Leningradi_Edasi_toimetus, lk 5
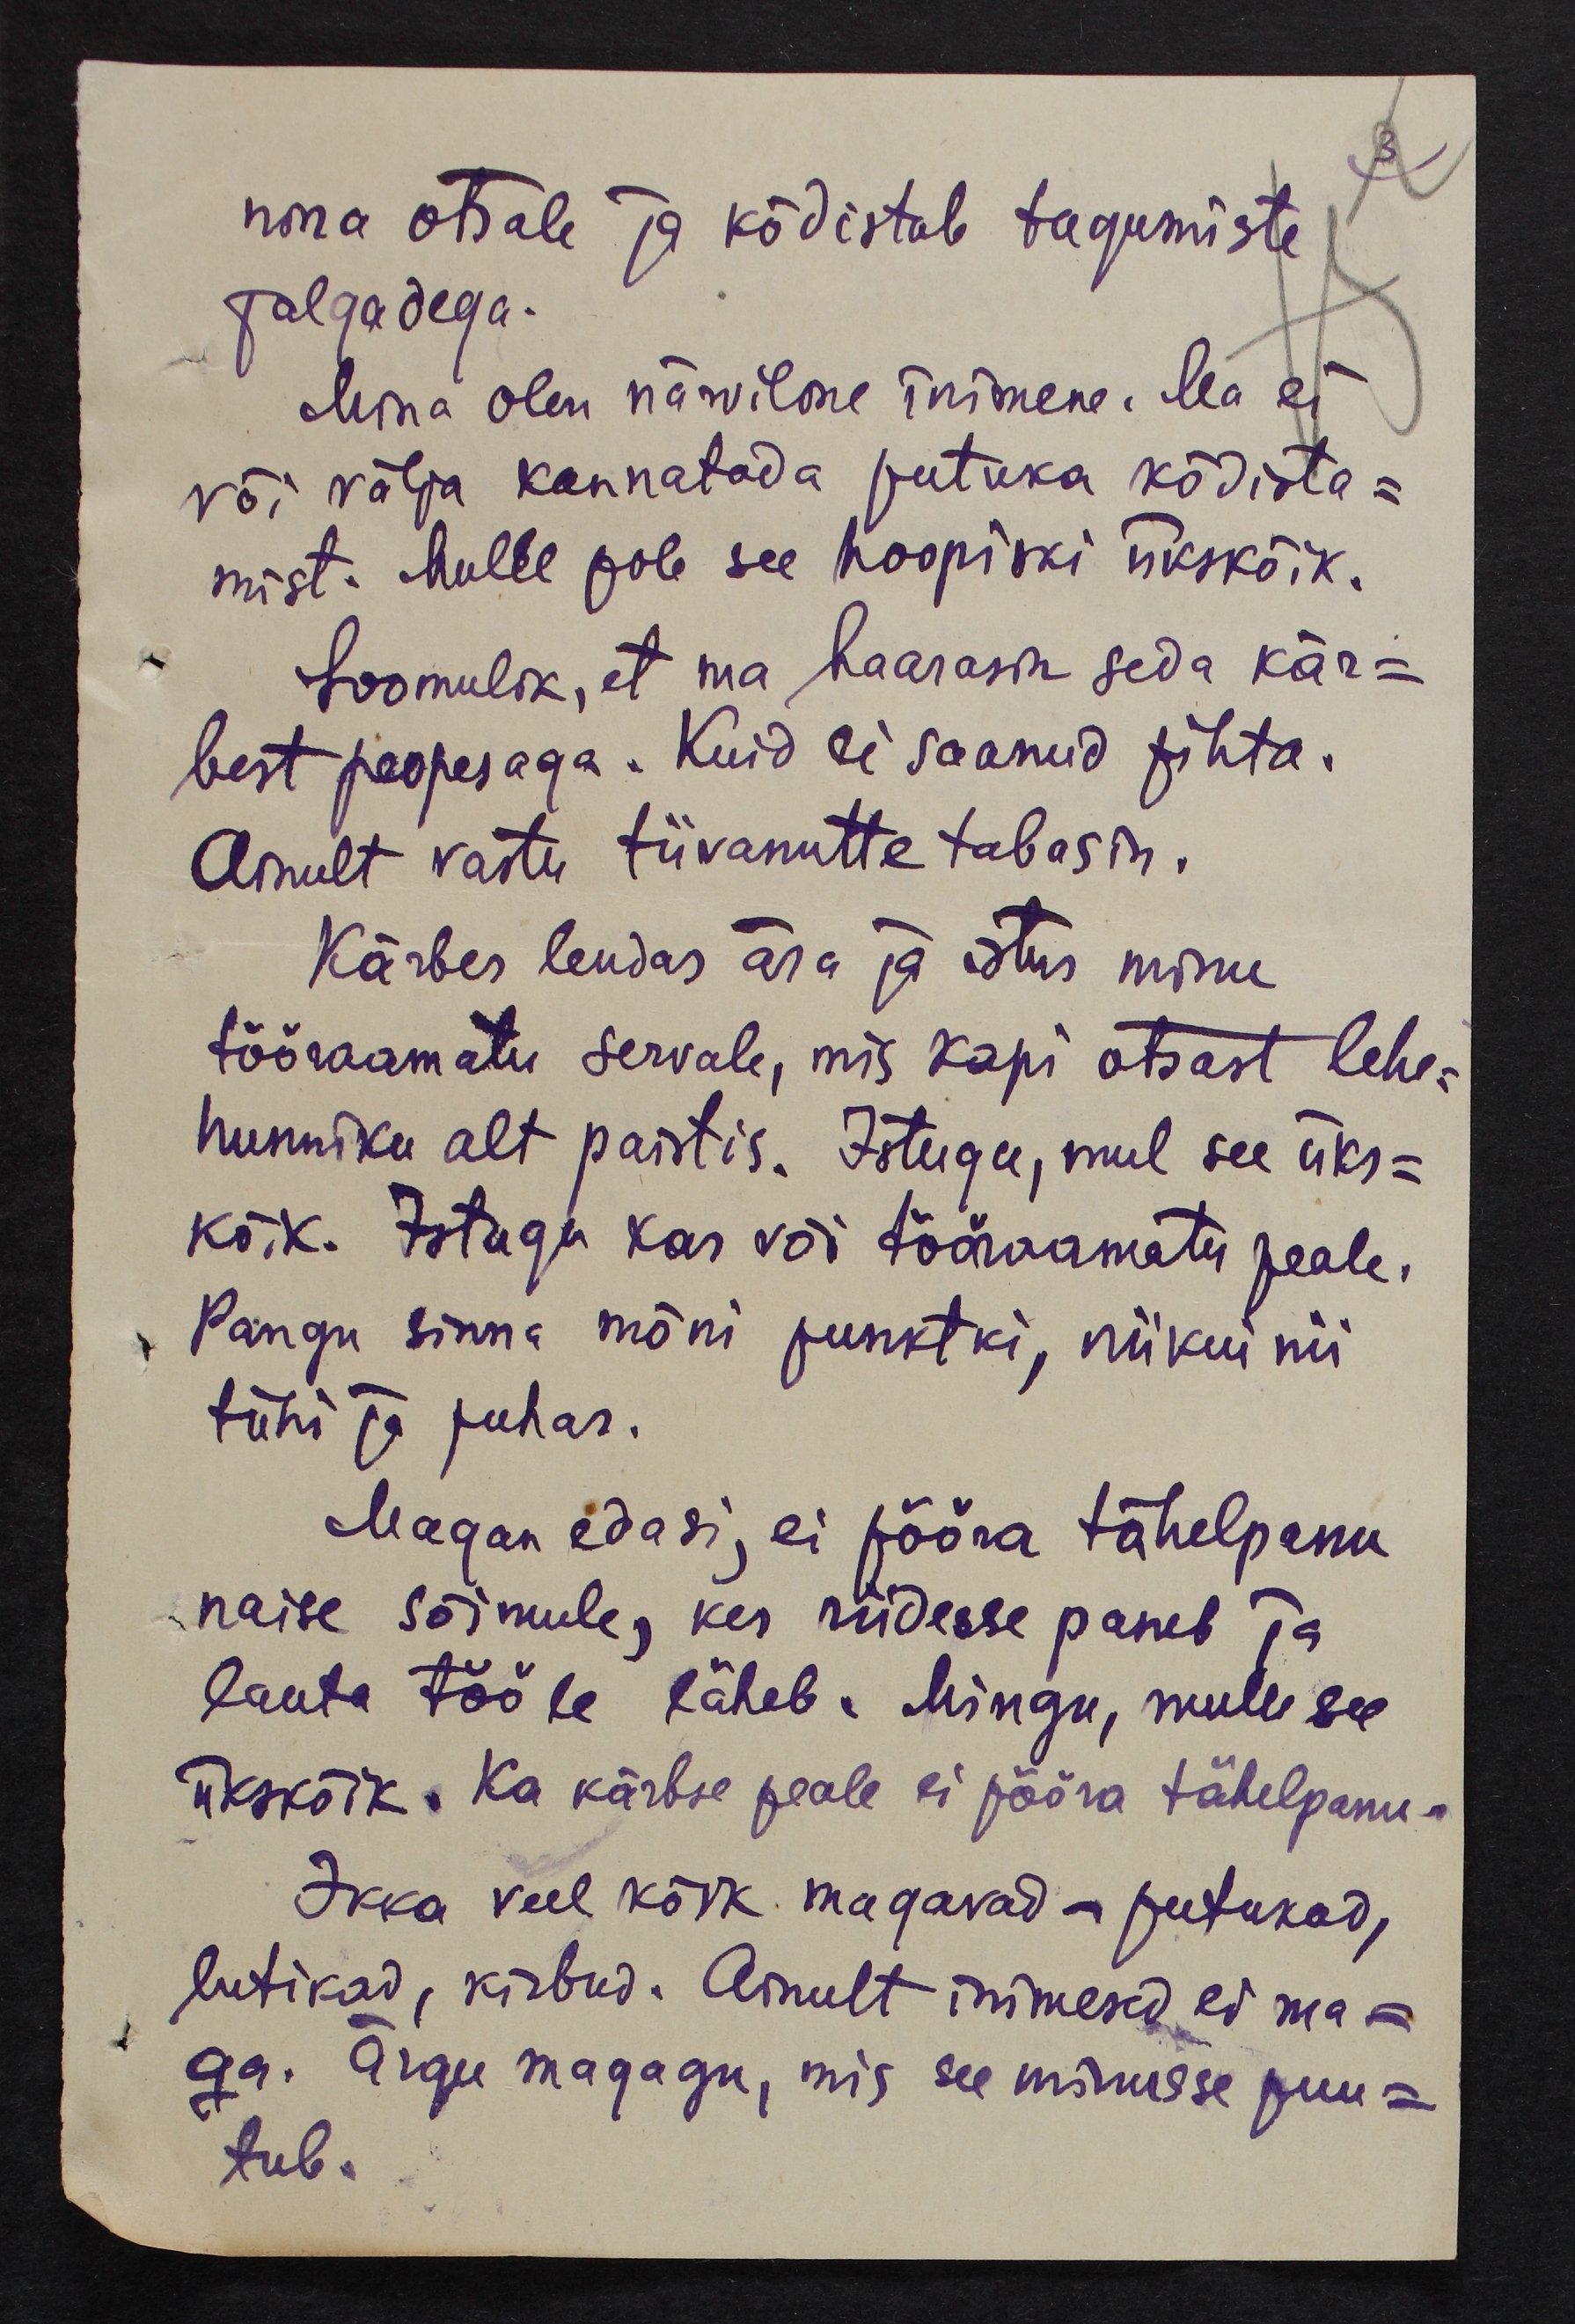
nina otsale ja kõdistab tagumiste
jalgadega.
Mina olen närviline inimene. Ma ei
või välja kannatada putuka kõdista-
mist. Mulle pole see hoopiski ükskõik.
Loomulik, et ma haarasin seda kär-
best peopesaga. Kuid ei saanud pihta.
Ainult vastu tiivanutte tabasin.
Kärbes lendas ära ja istus minu
tööraamatu servale, mis kapi otsast lehe-
hunniku alt paistis. Istugu, mul see üks-
kõik. Istugu kas või tööraamatu peale.
Pangu sinna mõni punktki, niikuinii
tühi ja puhas.
Magan edasi, ei pööra tähelepanu
naise sõimule, kes riidesse paneb ja
lauta tööle läheb. Mingu, mulle see
ükskõik. Ka kärbse peale ei pööra tähelepanu-
Ikka veel kõik magavad - putukad,
lutikad, kirbud. Ainult inimesed ei ma-
ga. Ärgu magagu, mis see minusse puu-
tub.